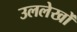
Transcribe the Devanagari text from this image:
उललेखों